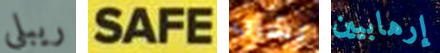
ريبلي SAFE بشرب إرهابيين